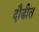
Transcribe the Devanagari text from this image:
दौडीत